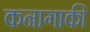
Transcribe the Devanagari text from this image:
कनागाकी